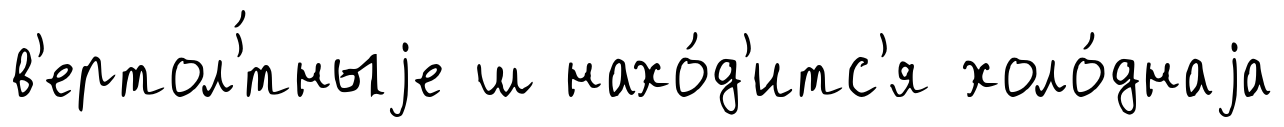
в'ертол'́тныjе ш нахо́д'итс'я холо́днаjа